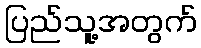
ပြည်သူ့အတွက်